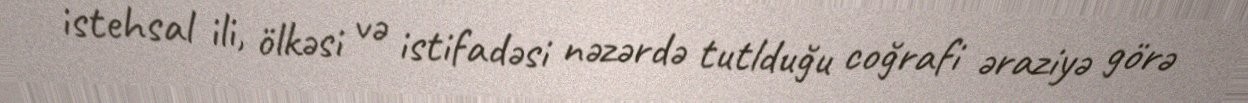
istehsal ili, ölkəsi və istifadəsi nəzərdə tutlduğu coğrafi əraziyə görə